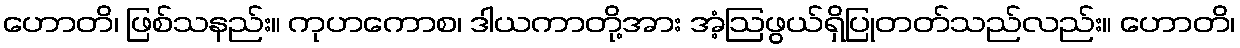
ဟောတိ၊ ဖြစ်သနည်း။ ကုဟကောစ၊ ဒါယကာတို့အား အံ့ဩဖွယ်ရှိပြုတတ်သည်လည်း။ ဟောတိ၊